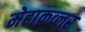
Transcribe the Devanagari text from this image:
मेटाक्रव्लर